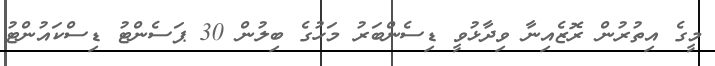
މީގެ އިތުރުން ރޮޒެއިނާ ވިދާޅުވީ ޑިސެންބަރު މަހުގެ ބިލުން 30 ޕަސެންޓު ޑިސްކައުންޓު